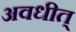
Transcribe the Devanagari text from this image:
अवधीत्‌